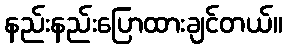
နည်းနည်းပြောထားချင်တယ်။